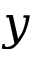
y